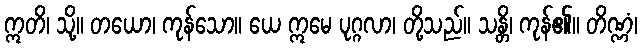
ဣတိ၊ သို့။ တယော၊ ကုန်သော။ ယေ ဣမေ ပုဂ္ဂလာ၊ တို့သည်။ သန္တိ၊ ကုန်၏။ တိဏ္ဏံ၊